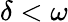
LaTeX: \delta<\omega